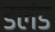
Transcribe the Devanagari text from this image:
डलंड